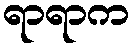
ရာရာက